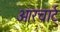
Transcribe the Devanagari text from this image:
ओरचार्ट